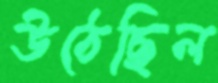
উঠেছিল